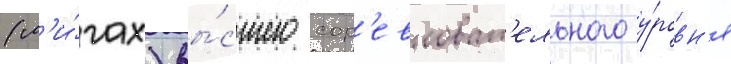
(л'и́гах) вы́сшего сор'евноват'ельного у́ровн'я